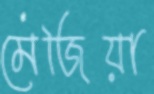
মেজিয়া